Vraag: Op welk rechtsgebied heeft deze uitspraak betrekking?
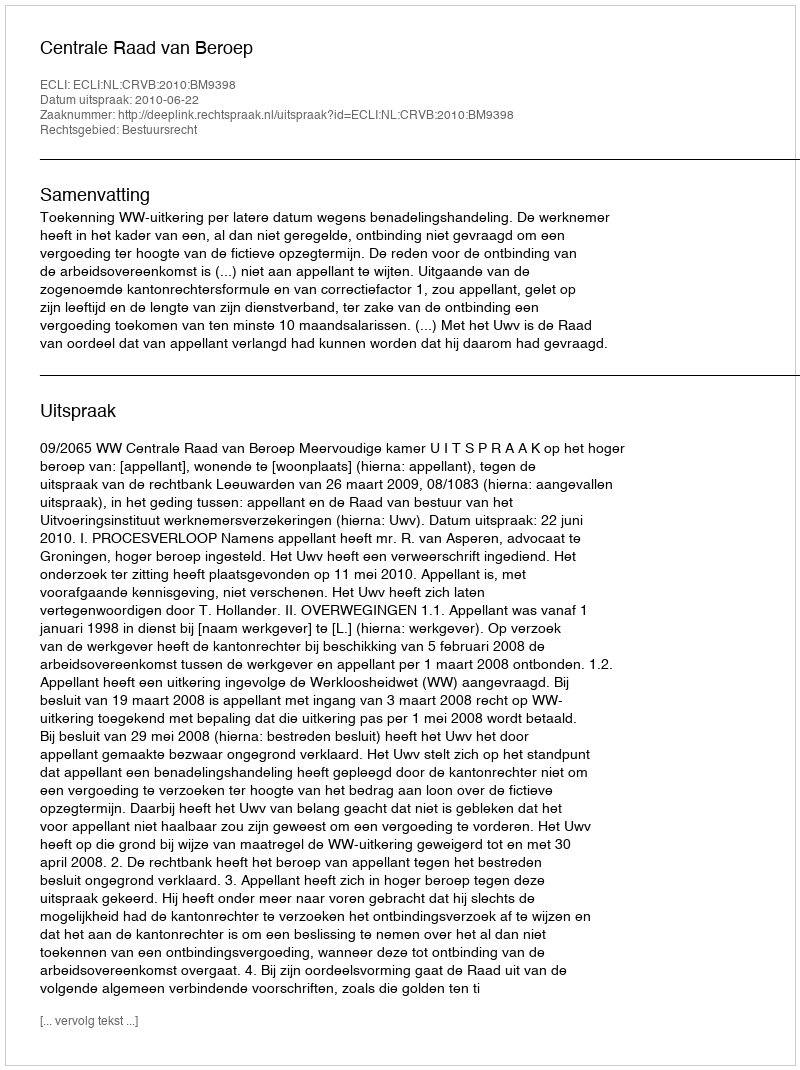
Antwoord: Bestuursrecht